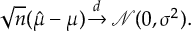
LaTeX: { \sqrt { n } } ( { \hat { \mu } } - \mu ) \, { \xrightarrow { d } } \, { \mathcal { N } } ( 0 , \sigma ^ { 2 } ) .